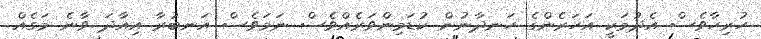
ހުރިހާވެސް އެދުމަކީ އަހަރެންގެ ހަނދާނުން ކުޑަމިންވަރެއްވެސް ނަމަވެސް އަނބުރާ އިއާދަ ވާނެ މަގެއް